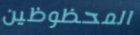
المحظوظين